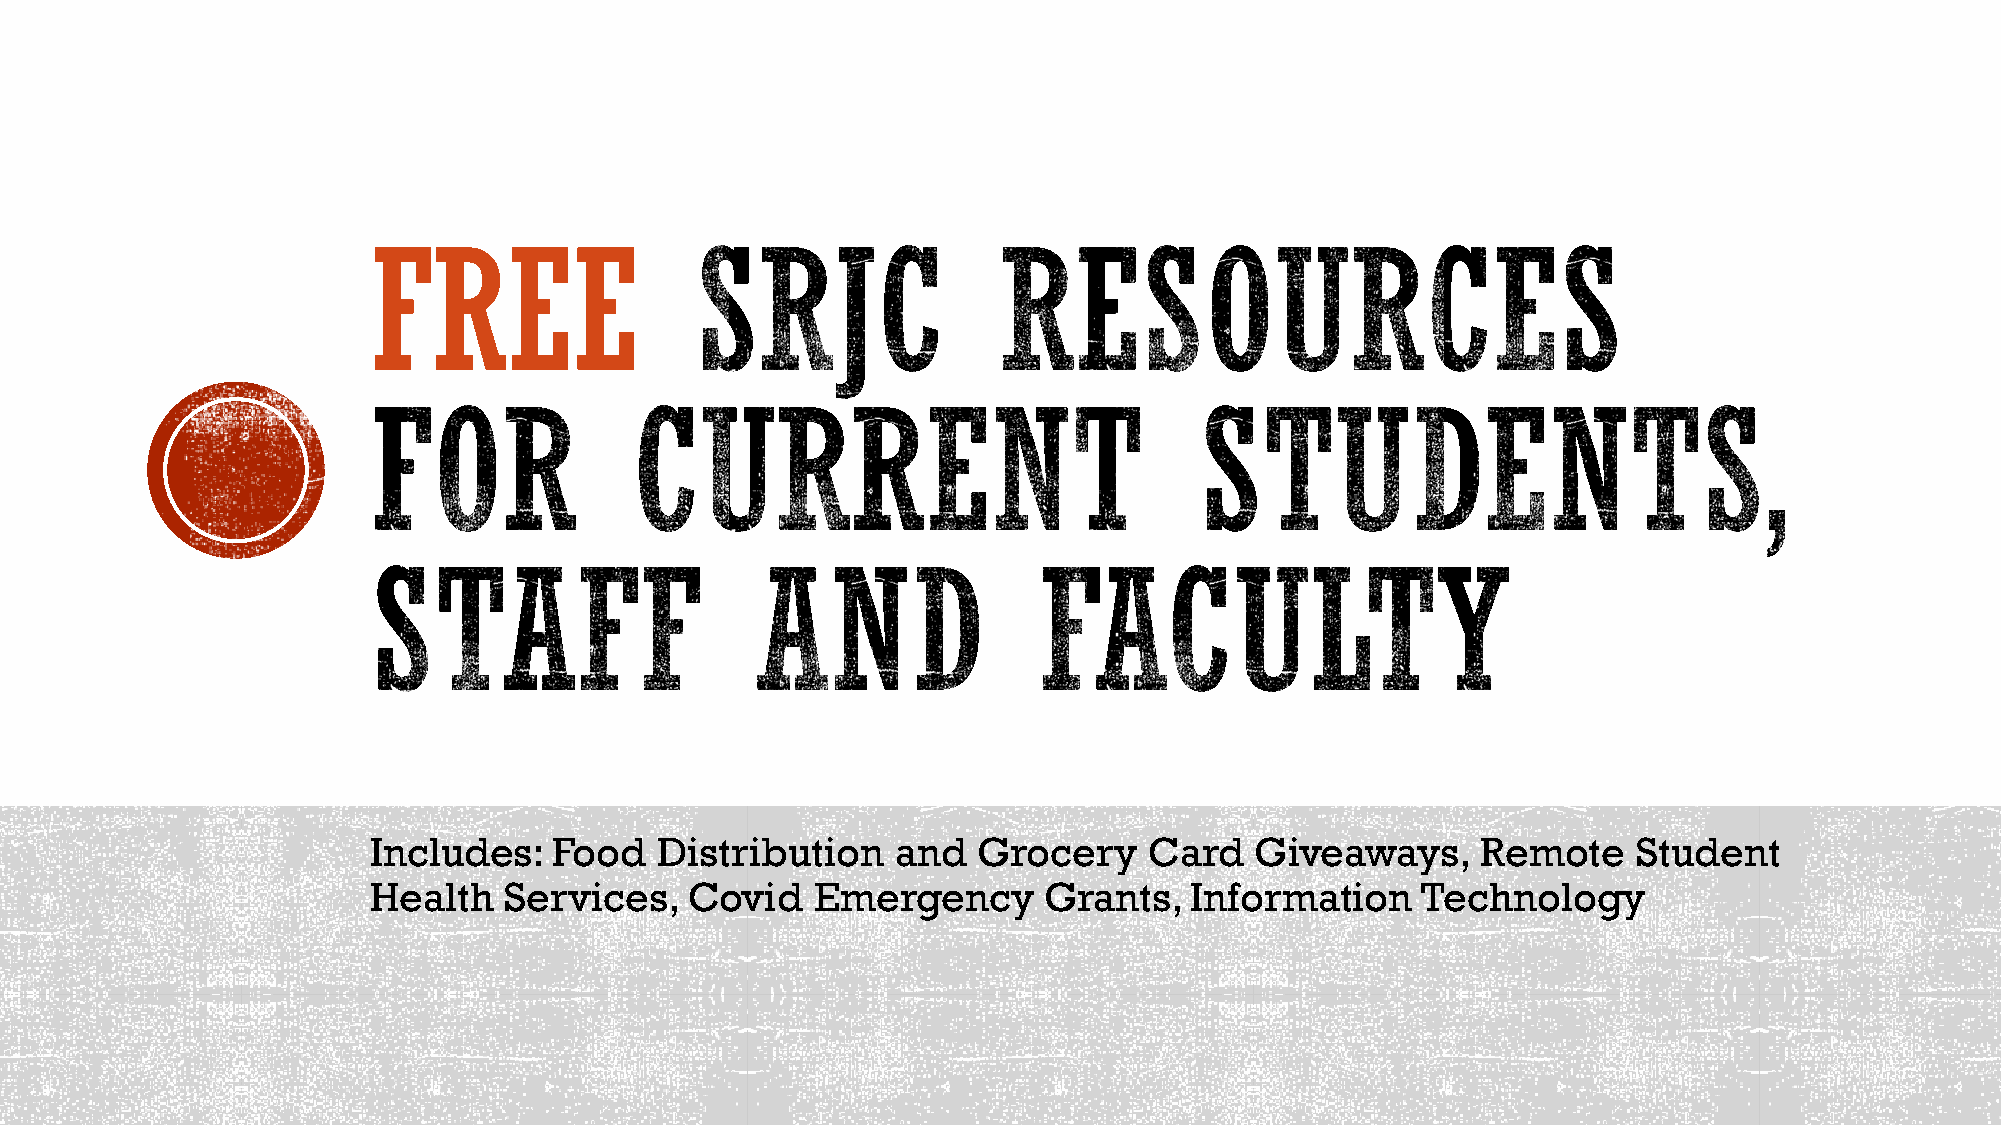
FREE
 Includes:   Food  Distribution    and   Grocery    Card   Giveaways,     Remote    Student
 Health  Services,    Covid   Emergency      Grants,   Information    Technology